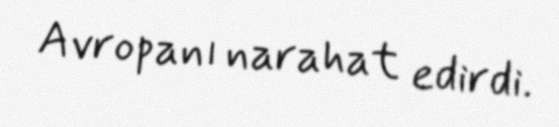
Avropanı narahat edirdi.